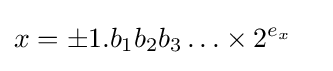
{\begin{aligned}x&=\pm 1.b_{1}b_{2}b_{3}\ldots \times 2^{e_{x}}\end{aligned}}